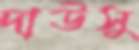
দাউসু